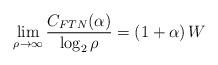
LaTeX: \begin{align*}\lim_{\rho\to\infty} \frac{C_{FTN}(\alpha)}{\log_{2}\rho}= \left(1+\alpha\right)W\end{align*}